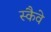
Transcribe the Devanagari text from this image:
स्कैवे